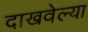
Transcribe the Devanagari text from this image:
दाखवेल्या